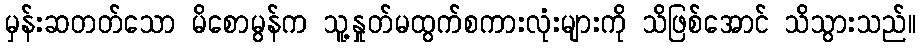
မှန်းဆတတ်သော မိစောမွန်က သူ့နှုတ်မထွက်စကားလုံးများကို သိဖြစ်အောင် သိသွားသည်။